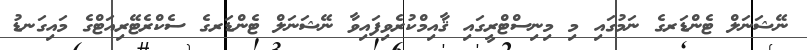
ނޭޝަނަލް ޓެންޑަރގެ ނަމުގައި މި މިނިސްޓްރީގައި ޤާއިމްކުރެވިފައިވާ ނޭޝަނަލް ޓެންޑަރގެ ސެކްރެޓޭރިއަޓްގެ މައިގަނޑު